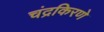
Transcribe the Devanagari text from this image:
चंद्रकिरणे